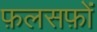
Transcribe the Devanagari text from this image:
फ़लसफ़ों